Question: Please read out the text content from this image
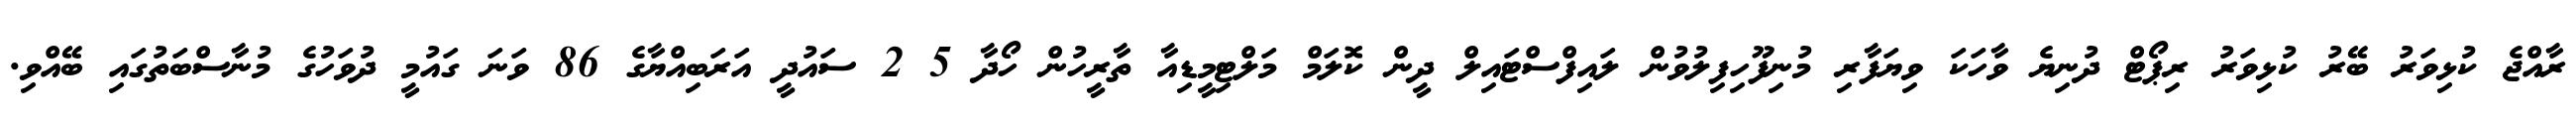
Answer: ރާއްޖެ ކުޅިވަރު ބޭރު ކުޅިވަރު ރިޕޯޓް ދުނިޔެ ވާހަކަ ވިޔަފާރި މުނިފޫހިފިލުވުން ލައިފްސްޓައިލް ދީން ކޮލަމް މަލްޓިމީޑިއާ ތާރީހުން ހޯދާ 5 2 ސައުދީ އަރަބިއްޔާގެ 86 ވަނަ ގައުމީ ދުވަހުގެ މުނާސްބަތުގައި ބޭއްވި.